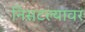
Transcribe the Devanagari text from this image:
निसटल्यावर